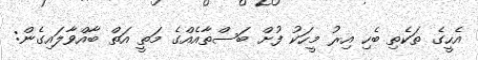
އެހީގެ ތަކެތި ބެހި އިރު މީހަކު ފުށް ބަސްތާއެއްގެ މަތީ އަތް ބާއްވާލައިގެން: